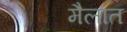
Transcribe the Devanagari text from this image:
मैलात